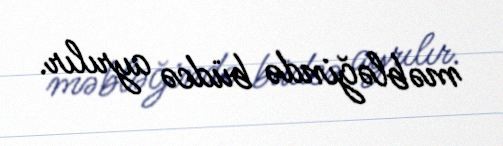
məbləğində büdcə ayrılır.